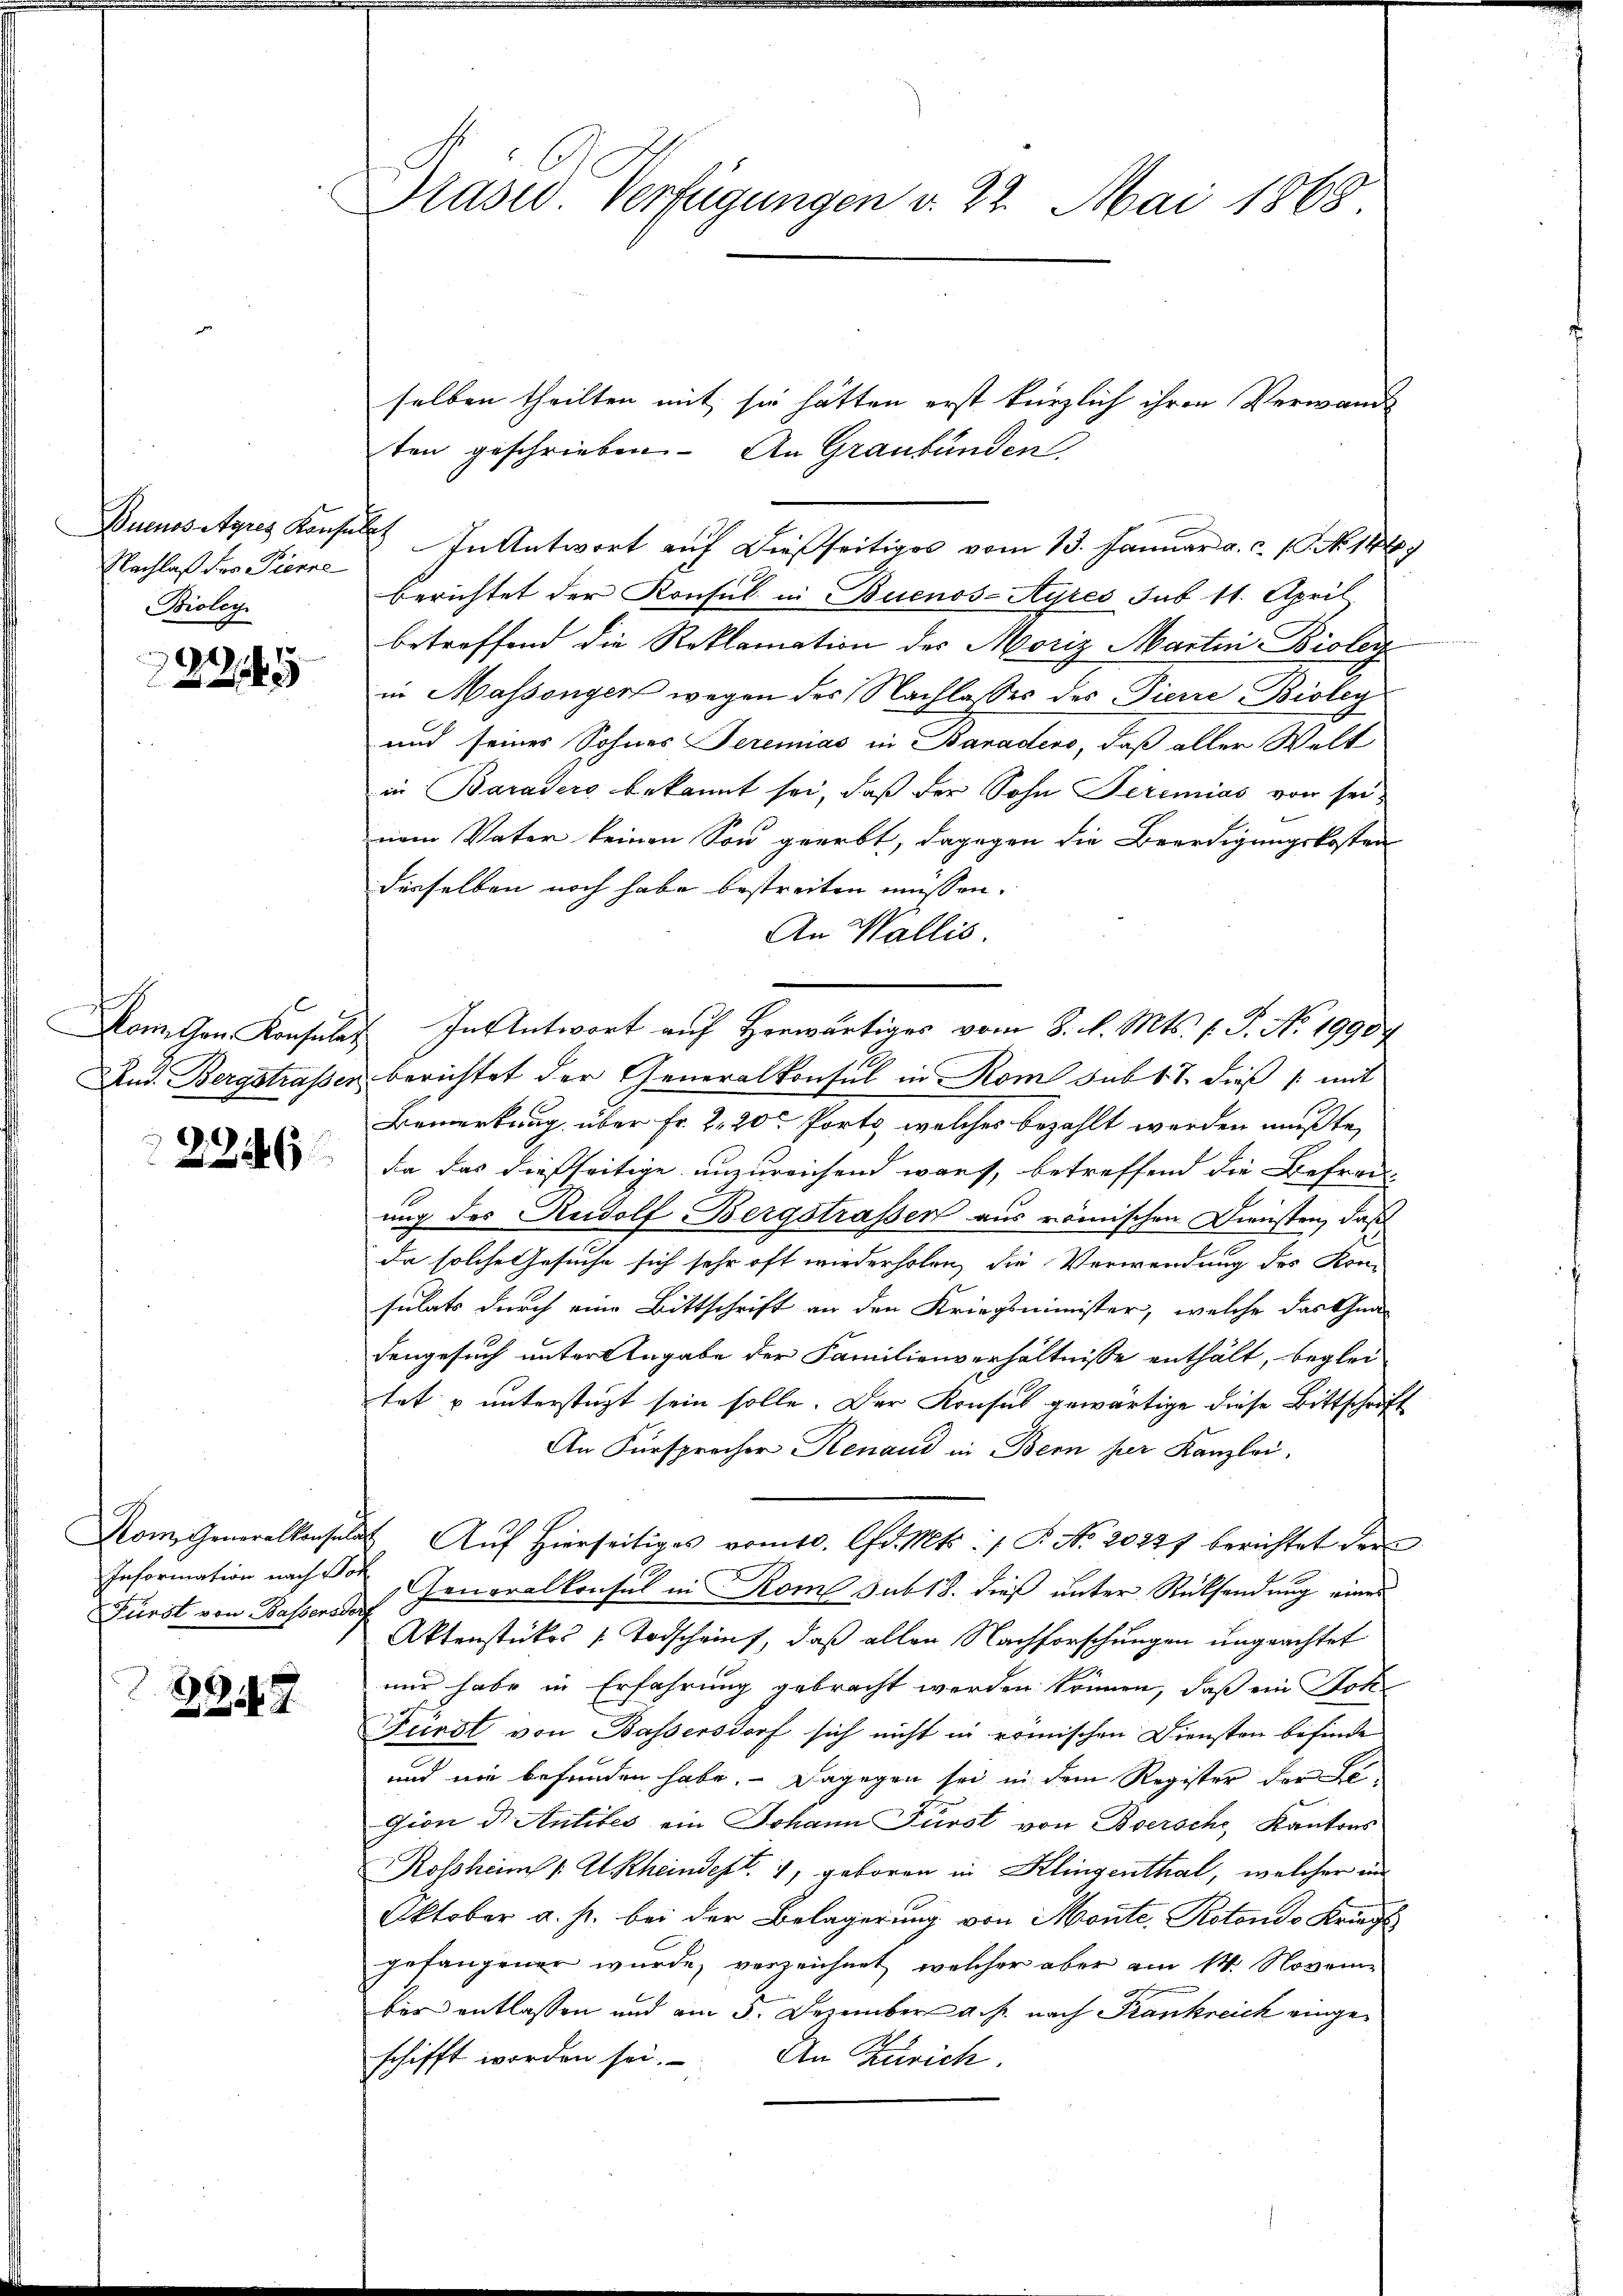
Buenos Ayres Konfe
Nachlaß der Pierre
Bioley

6

Kam Gen. Konsulag
And. Bergstraßen.

2246

Dom Generalkonsula
Information nach Por
Fürst von Bassensdor

234. 7.

Präses Verfügungen v. 22. Mai 1863

selben theilten mit sie hätten erst kürzlich ihren Verwande
ten geschrieben. An Graubünden
s
In Antwort auf dießseitiges vom 13. Januar a. c. 10. No. 1846)
berichtet der Konsul in Buenos-Ayres sub 11. April
betreffend die Reklamation des Moriz Martin Biolen
in Massengers wegen des Nachlasses des Pierre Bioley
und seines Sohnes Serenas in Banadens, daß aller Welt-
in Baraders bekannt sei, daß der Sohn Seremias von seinem Vater keinen Son geerbt, dagegen die Beerdigungskosten
derselben noch habe bestreiten müssen.
An Wallis.
In Antwort auf Herwärtiges vom 8. d. Mts. f. P. No. 19904
berichtet der Generalkonsul in Rom sub 1 S. dieß mit
Bemerkung, über Fr. 2, 20 Porto, welches bezahlt werden mußte,
da das dießseitige unzureichend wart, betreffend die Befrau
ung des Rudolf Bergstrassen aus römischen Diensten, daß
da solche Gesuche sich sehr oft wiederholen, die Verwendung des Kon
sulats durch eine Bittschrift an den Kriegsminister, welche das Gna
dengesuch unter Angabe der Familienverhältnisse enthält, beglei-
tet u unterstüzt sein solle. Der Konses gewärtige diese Bittschrift
An Fürsprecher Renaud in Bern per Kanzlei,
 Aŭf Hierseitiges vom 10. Chr. Mts.:/ P. Nr. 20221 berichtet dem
Generalkonsul in Rom sub 18. dieß unter Rücksendung eines
Aktenstückes „Todscheint, daß allen Nachforschungen ungeachtet
nur habe in Erfahrung gebracht werden können, daß ein Sok
Fürst von Bassersdorf sich nicht in römischen Diensten befinde
und nie befunden habe. - Dagegen sei in dem Register der Leigion d. Antibes ein Johann Fürst von Boersche, Kantons
Rosshin v. Et Rheindert. 7, geboren in Klingenthal, welcher ein
Oktober a. s. bei der Belagerung von Monte, Rotondo Kriegl
gefangener wurde, verzeichnet, welcher aber am 14. Novem
ber entlassen und am 5. Dezember a. h. nach Frankreich eingeschifft worden sei. An Zürich.